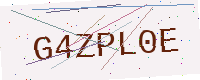
Text: G4ZPL0E